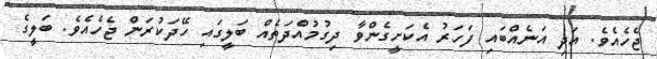
ޖެހެއެވެ. އަދި އަނެއްބައި ފަހަރު އެކަށީގެންވާ ދިގުމުއްދަތެއް ބަލީގައި ހޭދަކުރަން ޖެހެއެވެ. ބަލީގެ